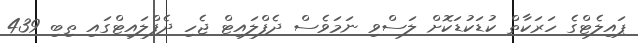
ޕައިލެޓްގެ ހަރަކާތް ކުޑަކުޑަކޮށް ލަސްވި ނަމަވެސް ދެފްލައިޓް ޖެހި ދެފްލައިޓްގައި ތިބި 439